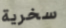
سخرية